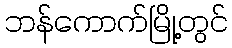
ဘန်ကောက်မြို့တွင်